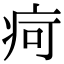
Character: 疴